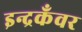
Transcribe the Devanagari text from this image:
इन्द्रकँवर